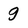
Character: g